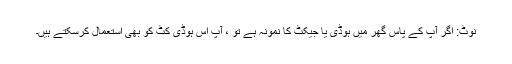
نوٹ: اگر آپ کے پاس گھر میں ہوڈی یا جیکٹ کا نمونہ ہے تو ، آپ اس ہوڈی کٹ کو بھی استعمال کرسکتے ہیں۔